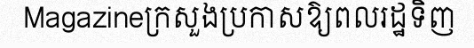
Magazineក្រសួងប្រកាសឱ្យពលរដ្ឋទិញ